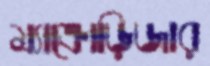
ম্যাক্রোড়িজার